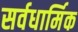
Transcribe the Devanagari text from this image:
सर्वधार्मिक